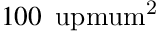
1 0 0 \, \mathrm { \ u p m u m ^ { 2 } }